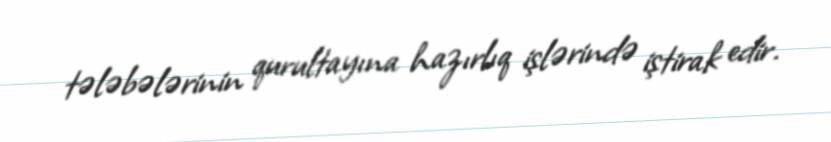
tələbələrinin qurultayına hazırlıq işlərində iştirak edir.